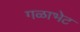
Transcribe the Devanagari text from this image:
गळाभेट